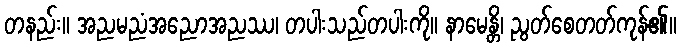
တနည်း။ အညမညံအညောအညဿ၊ တပါးသည်တပါးကို။ နာမေန္တိ၊ ညွတ်စေတတ်ကုန်၏။